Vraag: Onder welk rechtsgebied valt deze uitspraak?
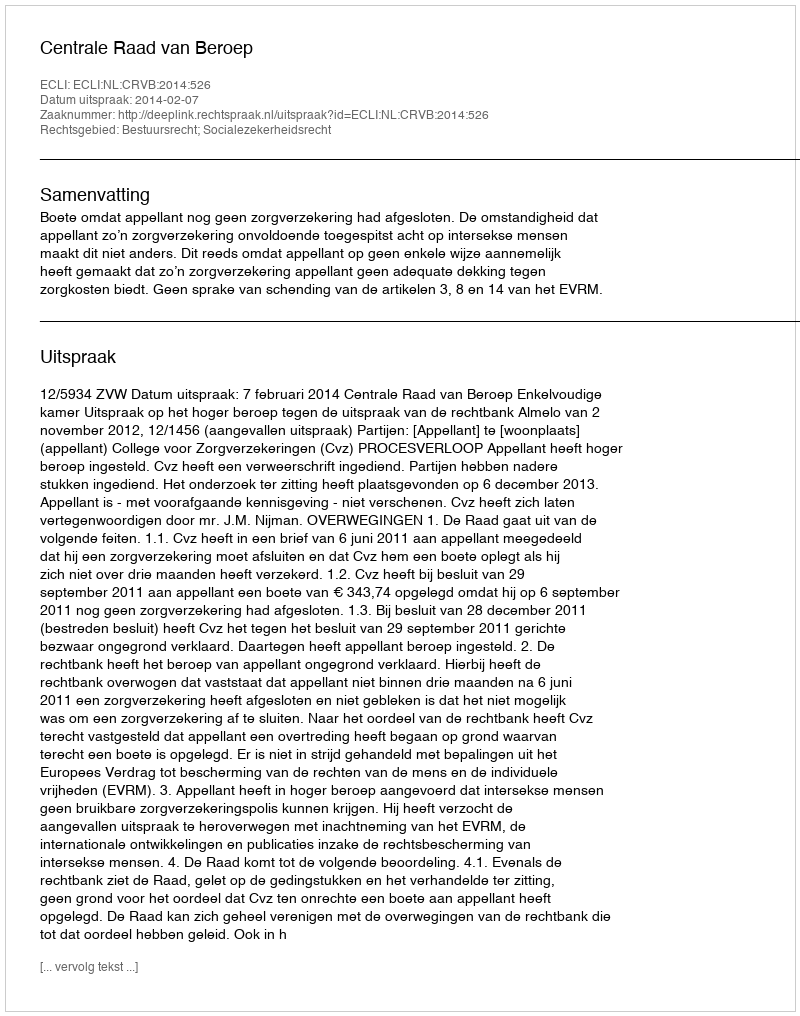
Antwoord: Bestuursrecht; Socialezekerheidsrecht